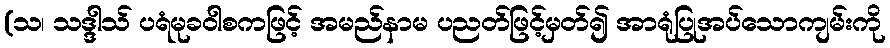
(သ၊ သဒ္ဒါသ် ပရံမုခဝါစကဖြင့် အမည်နာမ ပညတ်ဖြင့်မှတ်၍ အာရုံပြုအပ်သောကျမ်းကို